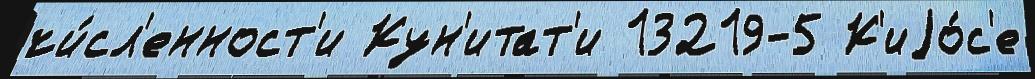
чи́сл'енност'и Кун'итат'и 13219-5 К'иjо́с'е